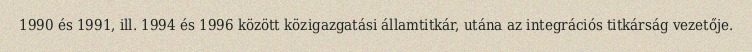
1990 és 1991, ill. 1994 és 1996 között közigazgatási államtitkár, utána az integrációs titkárság vezetője.